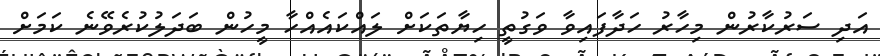
އަދި ސަރުކާރުން މިހާރު ހަދާފައިވާ ވަގުތީ ހިޔާތަކަށް ލައްކައެއްހާ މީހުން ބަދަލުކުރެވޭނެ ކަމަށް